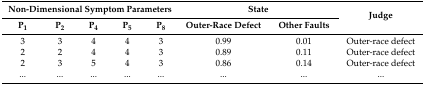
<table><thead><tr><td colspan="5"><b>Non-Dimensional Symptom Parameters</b></td><td colspan="2"><b>State</b></td><td rowspan="2"><b>Judge</b></td></tr><tr><td><b>P<sub>1</sub></b></td><td><b>P<sub>2</sub></b></td><td><b>P<sub>4</sub></b></td><td><b>P<sub>5</sub></b></td><td><b>P<sub>8</sub></b></td><td><b>Outer-Race Defect</b></td><td><b>Other Faults</b></td></tr></thead><tbody><tr><td>3</td><td>3</td><td>4</td><td>4</td><td>3</td><td>0.99</td><td>0.01</td><td>Outer-race defect</td></tr><tr><td>2</td><td>2</td><td>4</td><td>4</td><td>3</td><td>0.89</td><td>0.11</td><td>Outer-race defect</td></tr><tr><td>2</td><td>3</td><td>5</td><td>4</td><td>3</td><td>0.86</td><td>0.14</td><td>Outer-race defect</td></tr><tr><td>...</td><td>...</td><td>...</td><td>...</td><td>...</td><td>...</td><td>...</td><td>...</td></tr></tbody></table>